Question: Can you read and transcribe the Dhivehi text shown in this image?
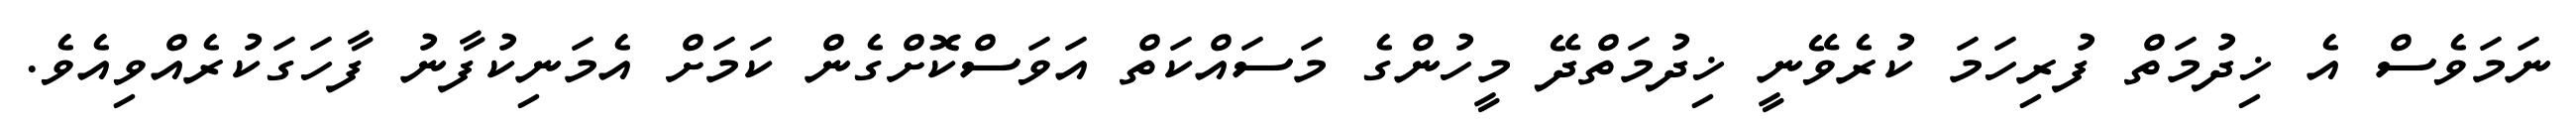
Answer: ނަމަވެސް އެ ޚިދުމަތް ފުރިހަމަ ކުރެވޭނީ ޚިދުމަތްދޭ މީހުންގެ މަސައްކަތް އަވަސްކޮށްގެން ކަމަށް އެމަނިކުފާނު ފާހަގަކުރެއްވިއެވެ.